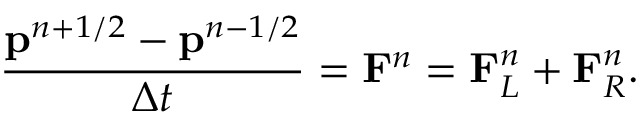
\frac { \mathbf { p } ^ { n + 1 / 2 } - \mathbf { p } ^ { n - 1 / 2 } } { \Delta t } = \mathbf { F } ^ { n } = \mathbf { F } _ { L } ^ { n } + \mathbf { F } _ { R } ^ { n } .